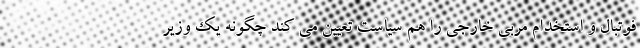
فوتبال و استخدام مربی خارجی را هم سیاست تعیین می کند چگونه یک وزیر